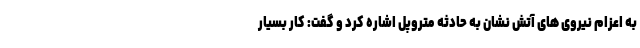
به اعزام نیروی های آتش نشان به حادثه متروپل اشاره کرد و گفت: کار بسیار